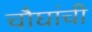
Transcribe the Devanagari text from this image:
चौघांची